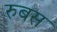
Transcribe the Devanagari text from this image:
रुबस